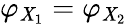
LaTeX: \varphi_{\mathit{X}_{1}}=\varphi_{\mathit{X}_{2}}